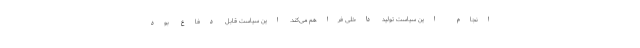
انجام این سیاست تولید داخلی فراهم می‌کند. این سیاست قابل دفاع بود